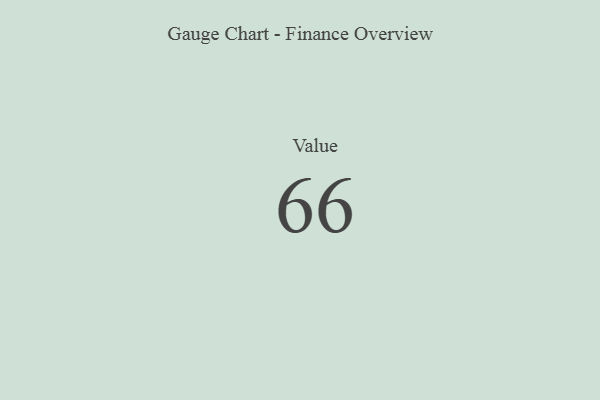
{"axis": {"x": "Metric", "y": "Value"}, "legend": [""], "data": [{"x": "Value", "y": 66, "type": ""}]}